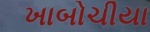
ખાબોચીયા